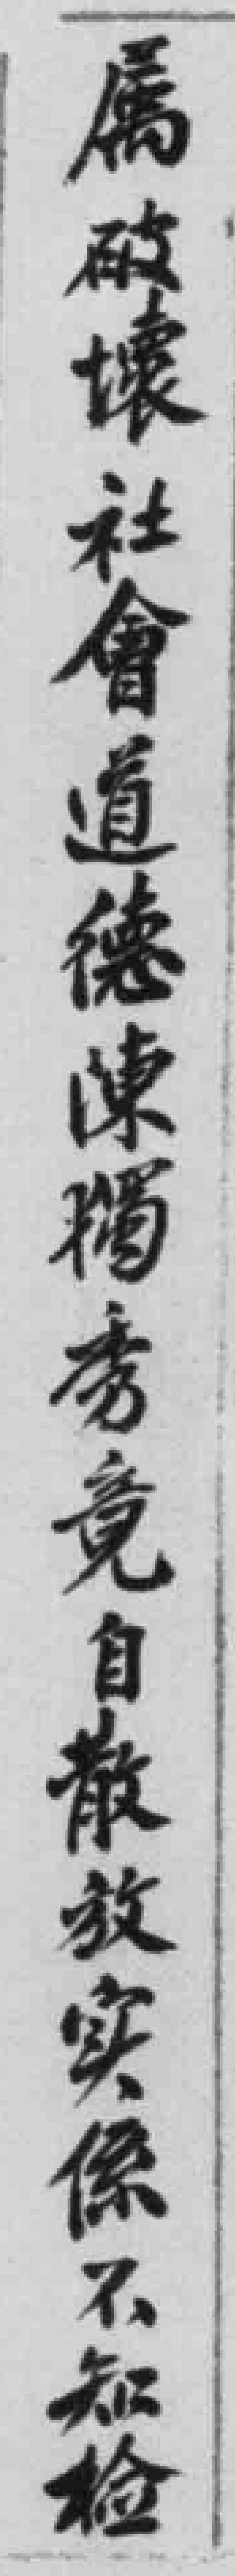
属破壞社會道德陳獨秀竟自散放实係不知检